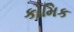
કોમિક